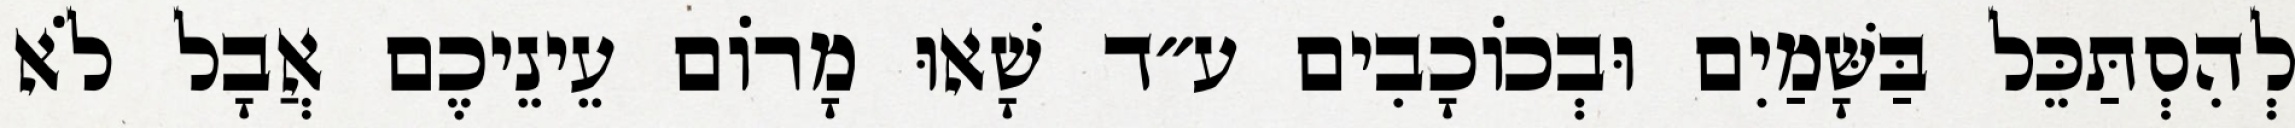
לְהִסְתַּכֵּל בַּשָּׁמַיִם וּבְכוֹכָבִים ע״ד שָׁאוּ מָרוֹם עֵינֵיכֶם אֲבָל לֹא